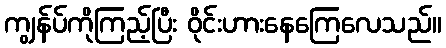
ကျွန်ပ်ကိုကြည့်ပြီး ဝိုင်းဟားနေကြေလေသည်။